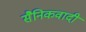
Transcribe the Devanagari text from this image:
सैनिकवादी